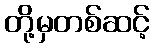
တို့မှတစ်ဆင့်